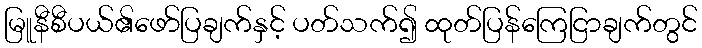
မြူနီစီပယ်၏ဖော်ပြချက်နှင့် ပတ်သက်၍ ထုတ်ပြန်ကြေငြာချက်တွင်